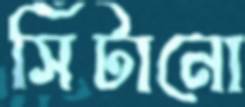
সিঁটানো